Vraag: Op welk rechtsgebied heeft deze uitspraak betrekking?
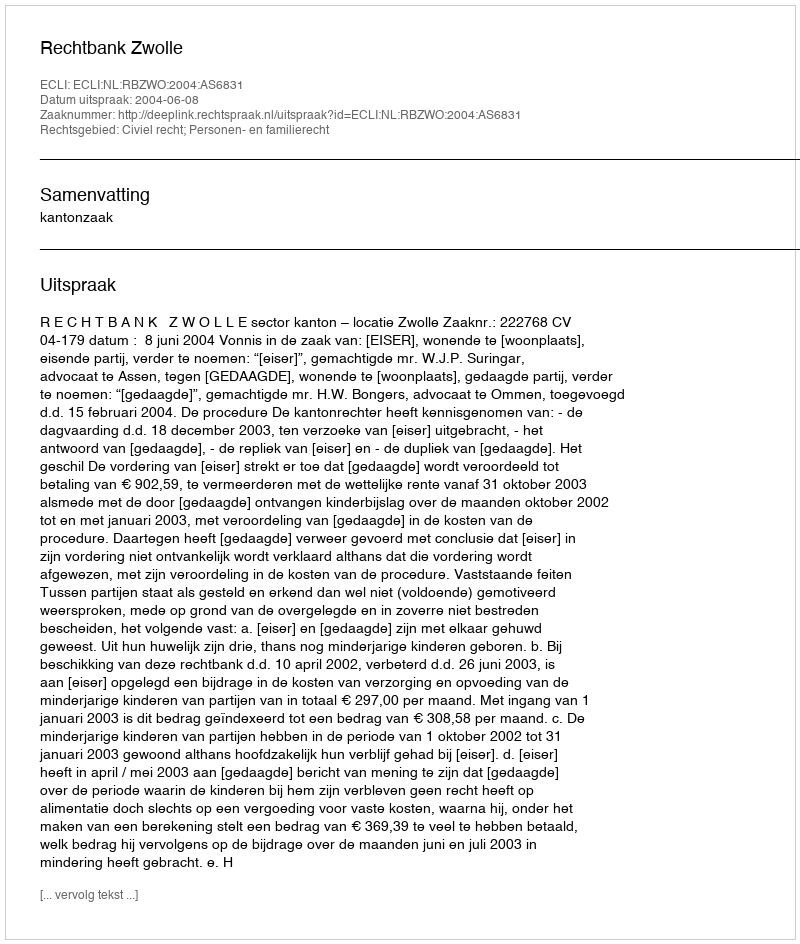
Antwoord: Civiel recht; Personen- en familierecht